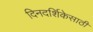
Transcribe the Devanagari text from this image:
दिनदर्शिकेसाठी